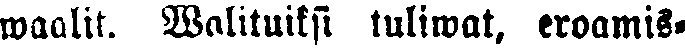
waalit. Walituiksi tuliwat, eroamis-